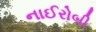
નાઈરોબી